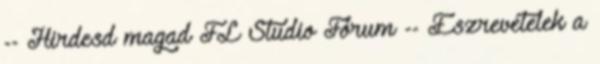
-- Hirdesd magad FL Studio Fórum -- Észrevételek a